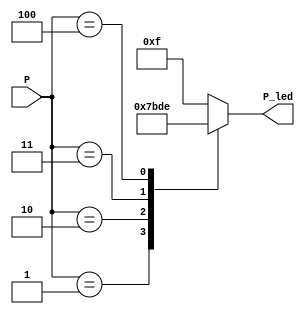
module show_p(P,P_led);
input [2:0]P;
output [3:0]P_led;
reg [3:0]P_led;

always @ (P)
	case(P)
		3'b001:P_led=4'b0111;
		3'b010:P_led=4'b1011;
		3'b011:P_led=4'b1101;
		3'b100:P_led=4'b1110;
		default:P_led=4'b1111;
	endcase
endmodule